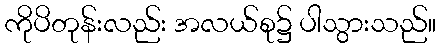
ကိုပိတုန်းလည်း အလယ်စု၌ ပါသွားသည်။